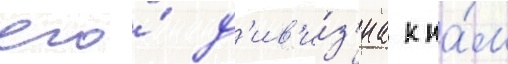
его́ д'ив'и́з'иа к на́м